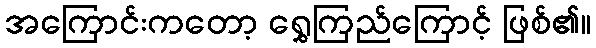
အကြောင်းကတော့ ရွှေကြည်ကြောင့် ဖြစ်၏။